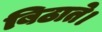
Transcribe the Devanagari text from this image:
बिठाते।